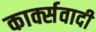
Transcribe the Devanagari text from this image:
कार्क्सवादी